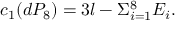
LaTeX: c _ { 1 } ( d P _ { 8 } ) = 3 l - \Sigma _ { i = 1 } ^ { 8 } E _ { i } .